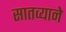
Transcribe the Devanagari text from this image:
सातव्याने